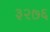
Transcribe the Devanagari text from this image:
३२७६